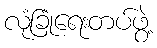
လုံခြုံရေးတပ်ဖွဲ့